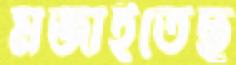
মজাইতেছ